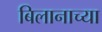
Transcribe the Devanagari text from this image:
बिलानाच्या